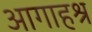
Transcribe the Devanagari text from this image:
आगाहश्र